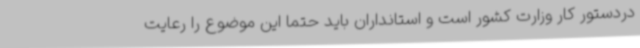
دردستور کار وزارت کشور است و استانداران باید حتما این موضوع را رعایت